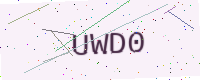
Text: UWD0